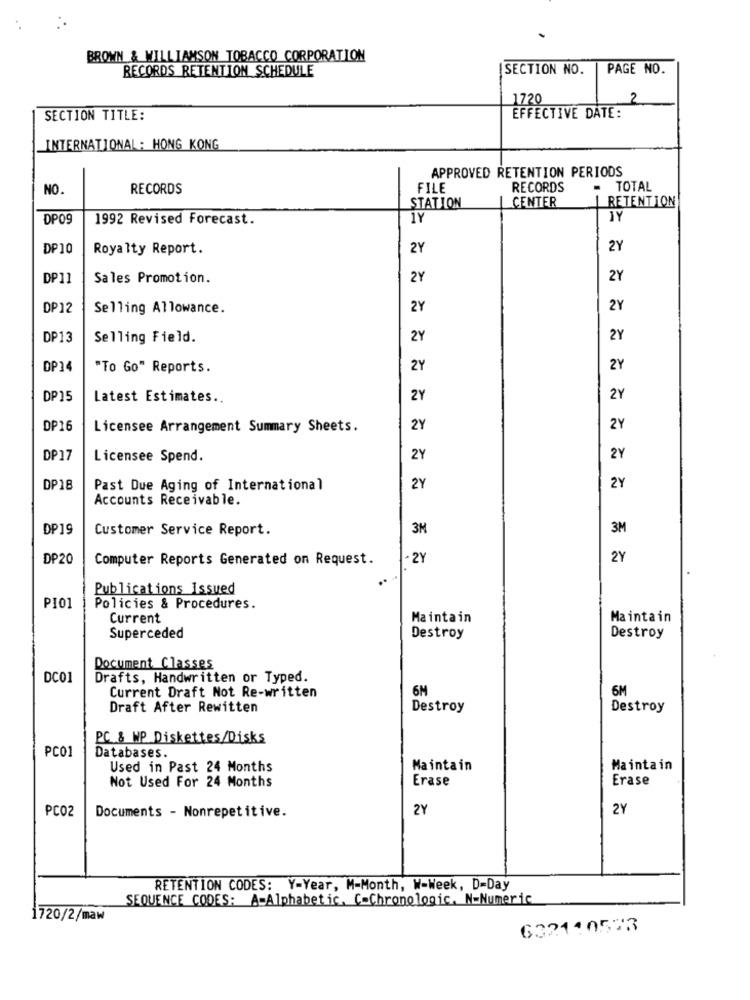
BROWN & WILLIAMSON TOBACCO CORPORATION
RECORDS RETENTION SCHEDULE
SECTION NO.
PAGE NO.
1720
2
SECTION TITLE:
EFFECTIVE DATE:
INTERNATIONAL: HONG KONG
APPROVED RETENTION PERIODS
NO.
RECORDS
FILE
RECORDS
- TOTAL
CENTER
RETENTION
STATION
DP09
1992 Revised Forecast.
1Y
JY
DP10
Royalty Report.
2Y
2Y
DP11
Sales Promotion.
2Y
2Y
DP12
Selling Allowance.
2Y
2Y
DP13
Selling Field.
2Y
2Y
DP14
"To Go" Reports.
2Y
2Y
DP15
Latest Estimates ..
2Y
2Y
DP16
Licensee Arrangement Summary Sheets.
2Y
2Y
DP 17
Licensee Spend.
2Y
2Y
DP18
Past Due Aging of International
2Y
2Y
Accounts Receivable.
DP19
Customer Service Report.
3M
3M
DP20
Computer Reports Generated on Request.
.2Y
2Y
Publications Issued
P101
Policies & Procedures.
Current
Maintain
Maintain
Superceded
Destroy
Destroy
Document Classes
DC01
Drafts, Handwritten or Typed.
Current Draft Not Re-written
6M
6M
Draft After Rewitten
Destroy
Destroy
PC & MP Diskettes/Disks
PC01
Databases.
Used in Past 24 Months
Maintain
Maintain
Not Used For 24 Months
Erase
Erase
PCO2
2Y
2Y
Documents - Nonrepetitive.
RETENTION CODES: Y-Year, M-Month, W-Week, D=Day
SEQUENCE CODES: A-Alphabetic. C-Chronologic. N-Numeric
1720/2/maw
632140523